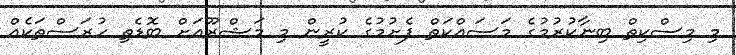
މި މިސްކިތް ބިނާކުރުމުގެ މަސައްކަތް ފެށުމުގެ ކުރީން މި މަޝްރޫއަށް ބޮޑެތި ހުރަސްތަކެއް